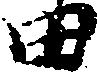
田